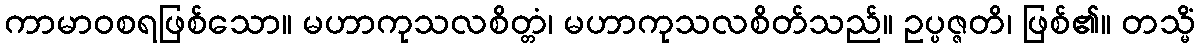
ကာမာဝစရဖြစ်သော။ မဟာကုသလစိတ္တံ၊ မဟာကုသလစိတ်သည်။ ဥပ္ပဇ္ဇတိ၊ ဖြစ်၏။ တသ္မိံ